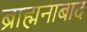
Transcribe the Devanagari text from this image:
ब्राह्मनाबाद